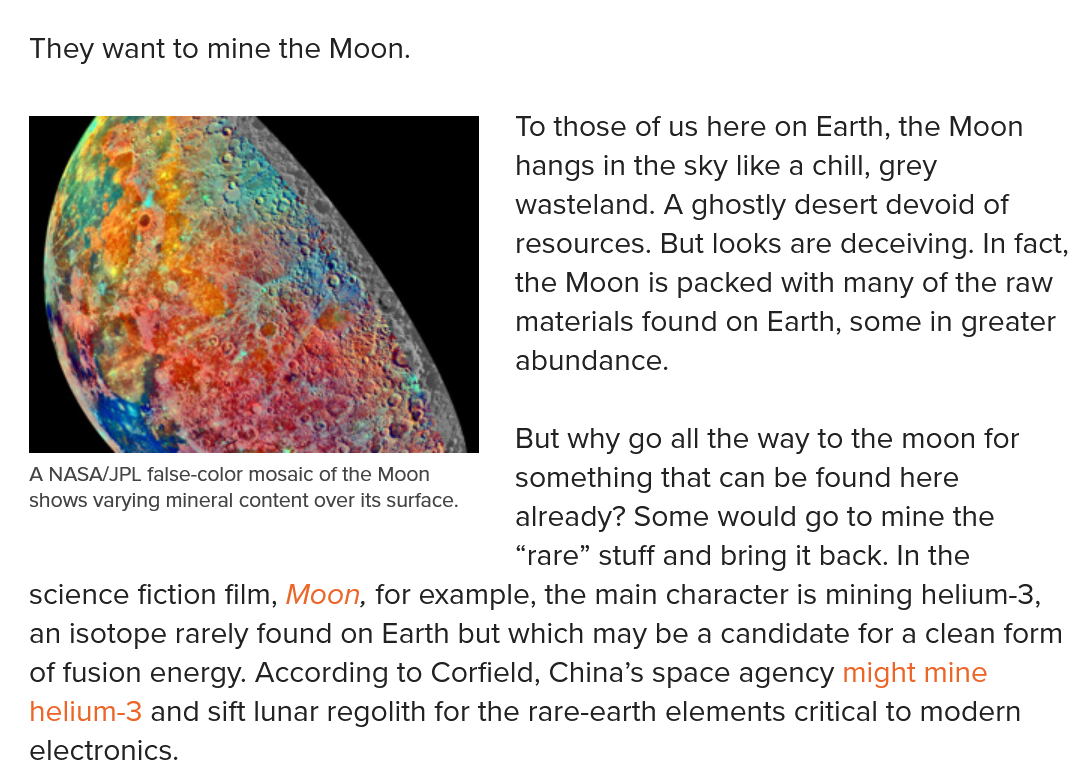
They want to mine the Moon.
     To those of us here on Earth, the Moon
     hangs in the sky like a chill, grey
     wasteland. A ghostly desert devoid of
     resources. But looks are deceiving. In fact,
     the Moon is packed with many of the raw
     materials found on Earth, some in greater
     abundance.
  ANASA/JPL false-color mosaic of the Moon
   shows varying mineral content over its surface.
     But why go all the way to the moon for
  ANASA/JPL false-color mosaic of the Moon something that can be found here
   shows varying mineral content over its surface.
     .
     already? Some would go to mine the
     “rare” stuff and bring it back. In the
   science fiction film, Moon, for example, the main character is mining helium-3,
   an isotope rarely found on Earth but which may be a candidate for a clean form
   of fusion energy. According to Corfield, China’s space agency might mine
   helium-3 and sift lunar regolith for the rare-earth elements critical to modern
   electronics.